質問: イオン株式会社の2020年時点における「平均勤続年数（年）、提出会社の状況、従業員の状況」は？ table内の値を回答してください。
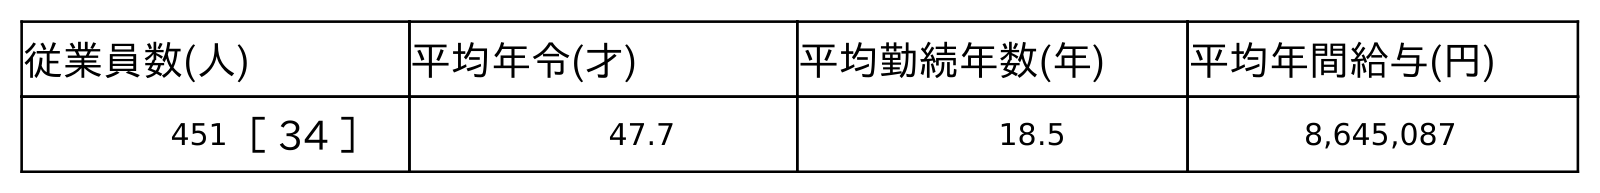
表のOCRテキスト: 従業員数(人) 平均年令(才) 平均勤続年数(年) 平均年間給与(円) 451［ 34 ］ 47.7 18.5 8,645,087
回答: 18.5